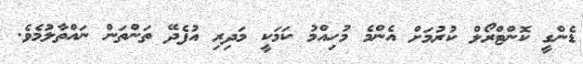
ޑެންގީ ކޮންޓްރޯލް ކުރުމަށް އެންމެ މުހިއްމު ކަމަކީ މަދިރި އުފެދޭ ތަންތަން ނައްތާލުމެވެ.